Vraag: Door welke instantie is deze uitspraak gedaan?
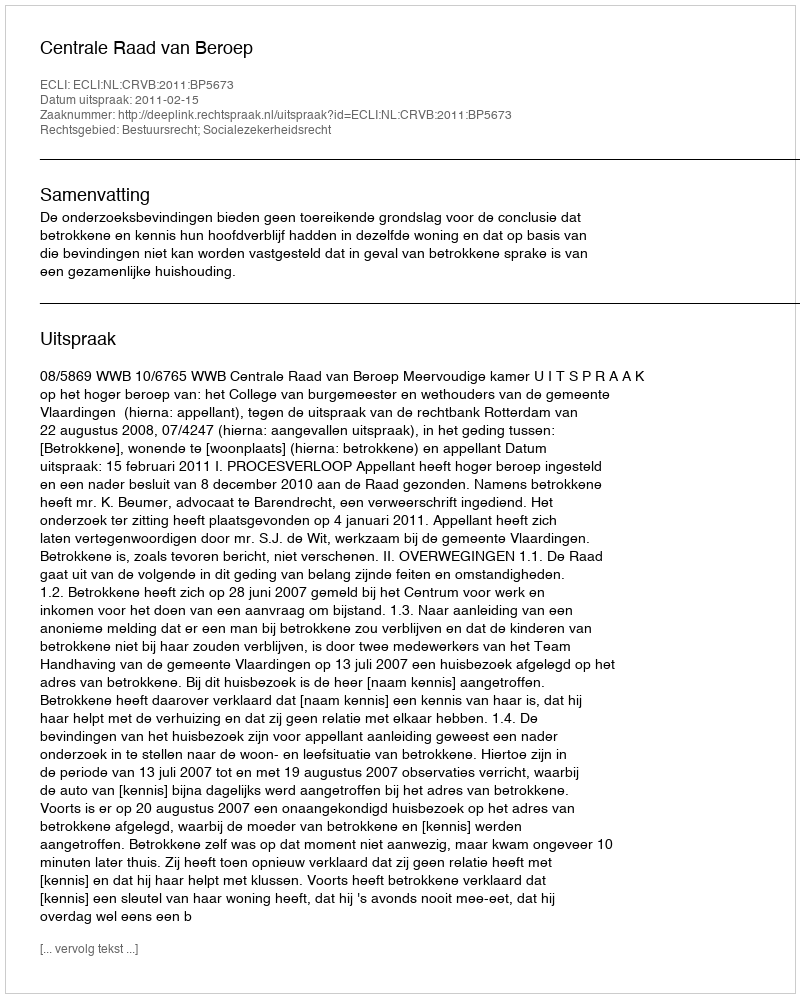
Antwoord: Centrale Raad van Beroep